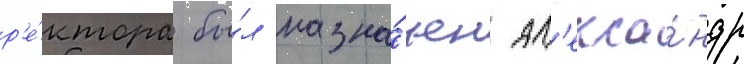
р'е́ктора бы́л назна́чен ал'екса́ндр